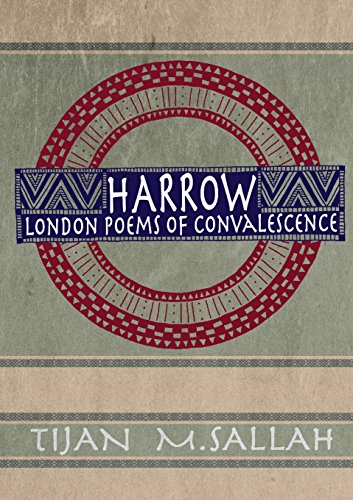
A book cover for Harrow: London Poems of Convalescence; Tijan Momodou Sallah; Literature & Fiction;